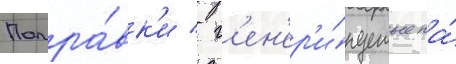
Попра́вк'и / г'ен'ер'и́руемые на́